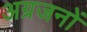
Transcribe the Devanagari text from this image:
अग्रजनों